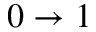
0 \rightarrow 1